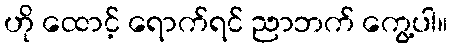
ဟို ထောင့် ရောက်ရင် ညာဘက် ကွေ့ပါ။